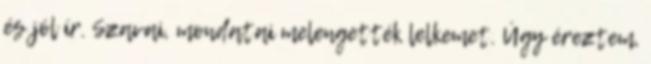
és jól ír. Szavai, mondatai melengették lelkemet. Úgy éreztem,